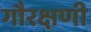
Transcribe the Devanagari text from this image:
गौरक्षणी